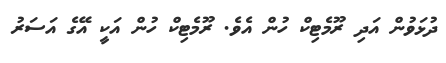
ދުޅަވުން އަދި ރޫމެޓިކް ހުން އެވެ. ރޫމެޓިކް ހުން އަކީ އޭގެ އަސަރު